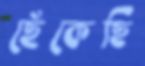
ছেঁকেছি